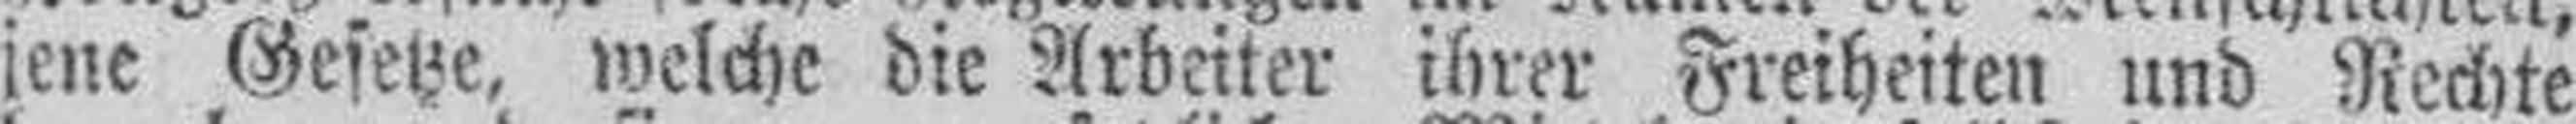
jene Gesetze, welche die Arbeiter ihrer Freiheiten und Rechte